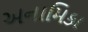
અનામિકા